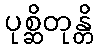
ပုစ္ဆိတုန္တိ